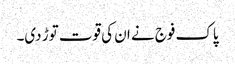
پاک فوج نے ان کی قوت توڑ دی۔